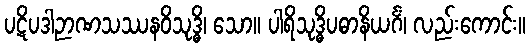
ပဋိပဒါဉာဏသဿနဝိသုဒ္ဓိ၊ သော။ ပါရိသုဒ္ဓိပဓာနိယင်္ဂံ၊ လည်းကောင်း။